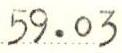
59.03